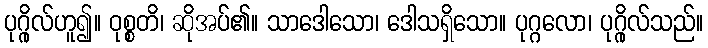
ပုဂ္ဂိုလ်ဟူ၍။ ဝုစ္စတိ၊ ဆိုအပ်၏။ သာဒေါသော၊ ဒေါသရှိသော။ ပုဂ္ဂလော၊ ပုဂ္ဂိုလ်သည်။